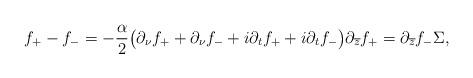
LaTeX: \begin{align*} f_{+} - f_{-} = - \frac{\alpha}{2} \big( \partial_{\nu} f_{+} + \partial_{\nu} f_{-} + i \partial_{t} f_{+} + i \partial_{t} f_{-} \big) \partial_{\overline{z}} f_{+} = \partial_{\overline{z}} f_{-} \Sigma,\end{align*}